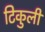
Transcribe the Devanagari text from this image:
टिकुली